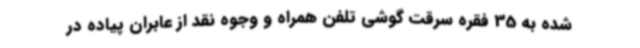
شده به 35 فقره سرقت گوشی تلفن همراه و وجوه نقد از عابران پیاده در